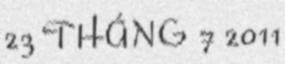
23 THÁNG 7 2011